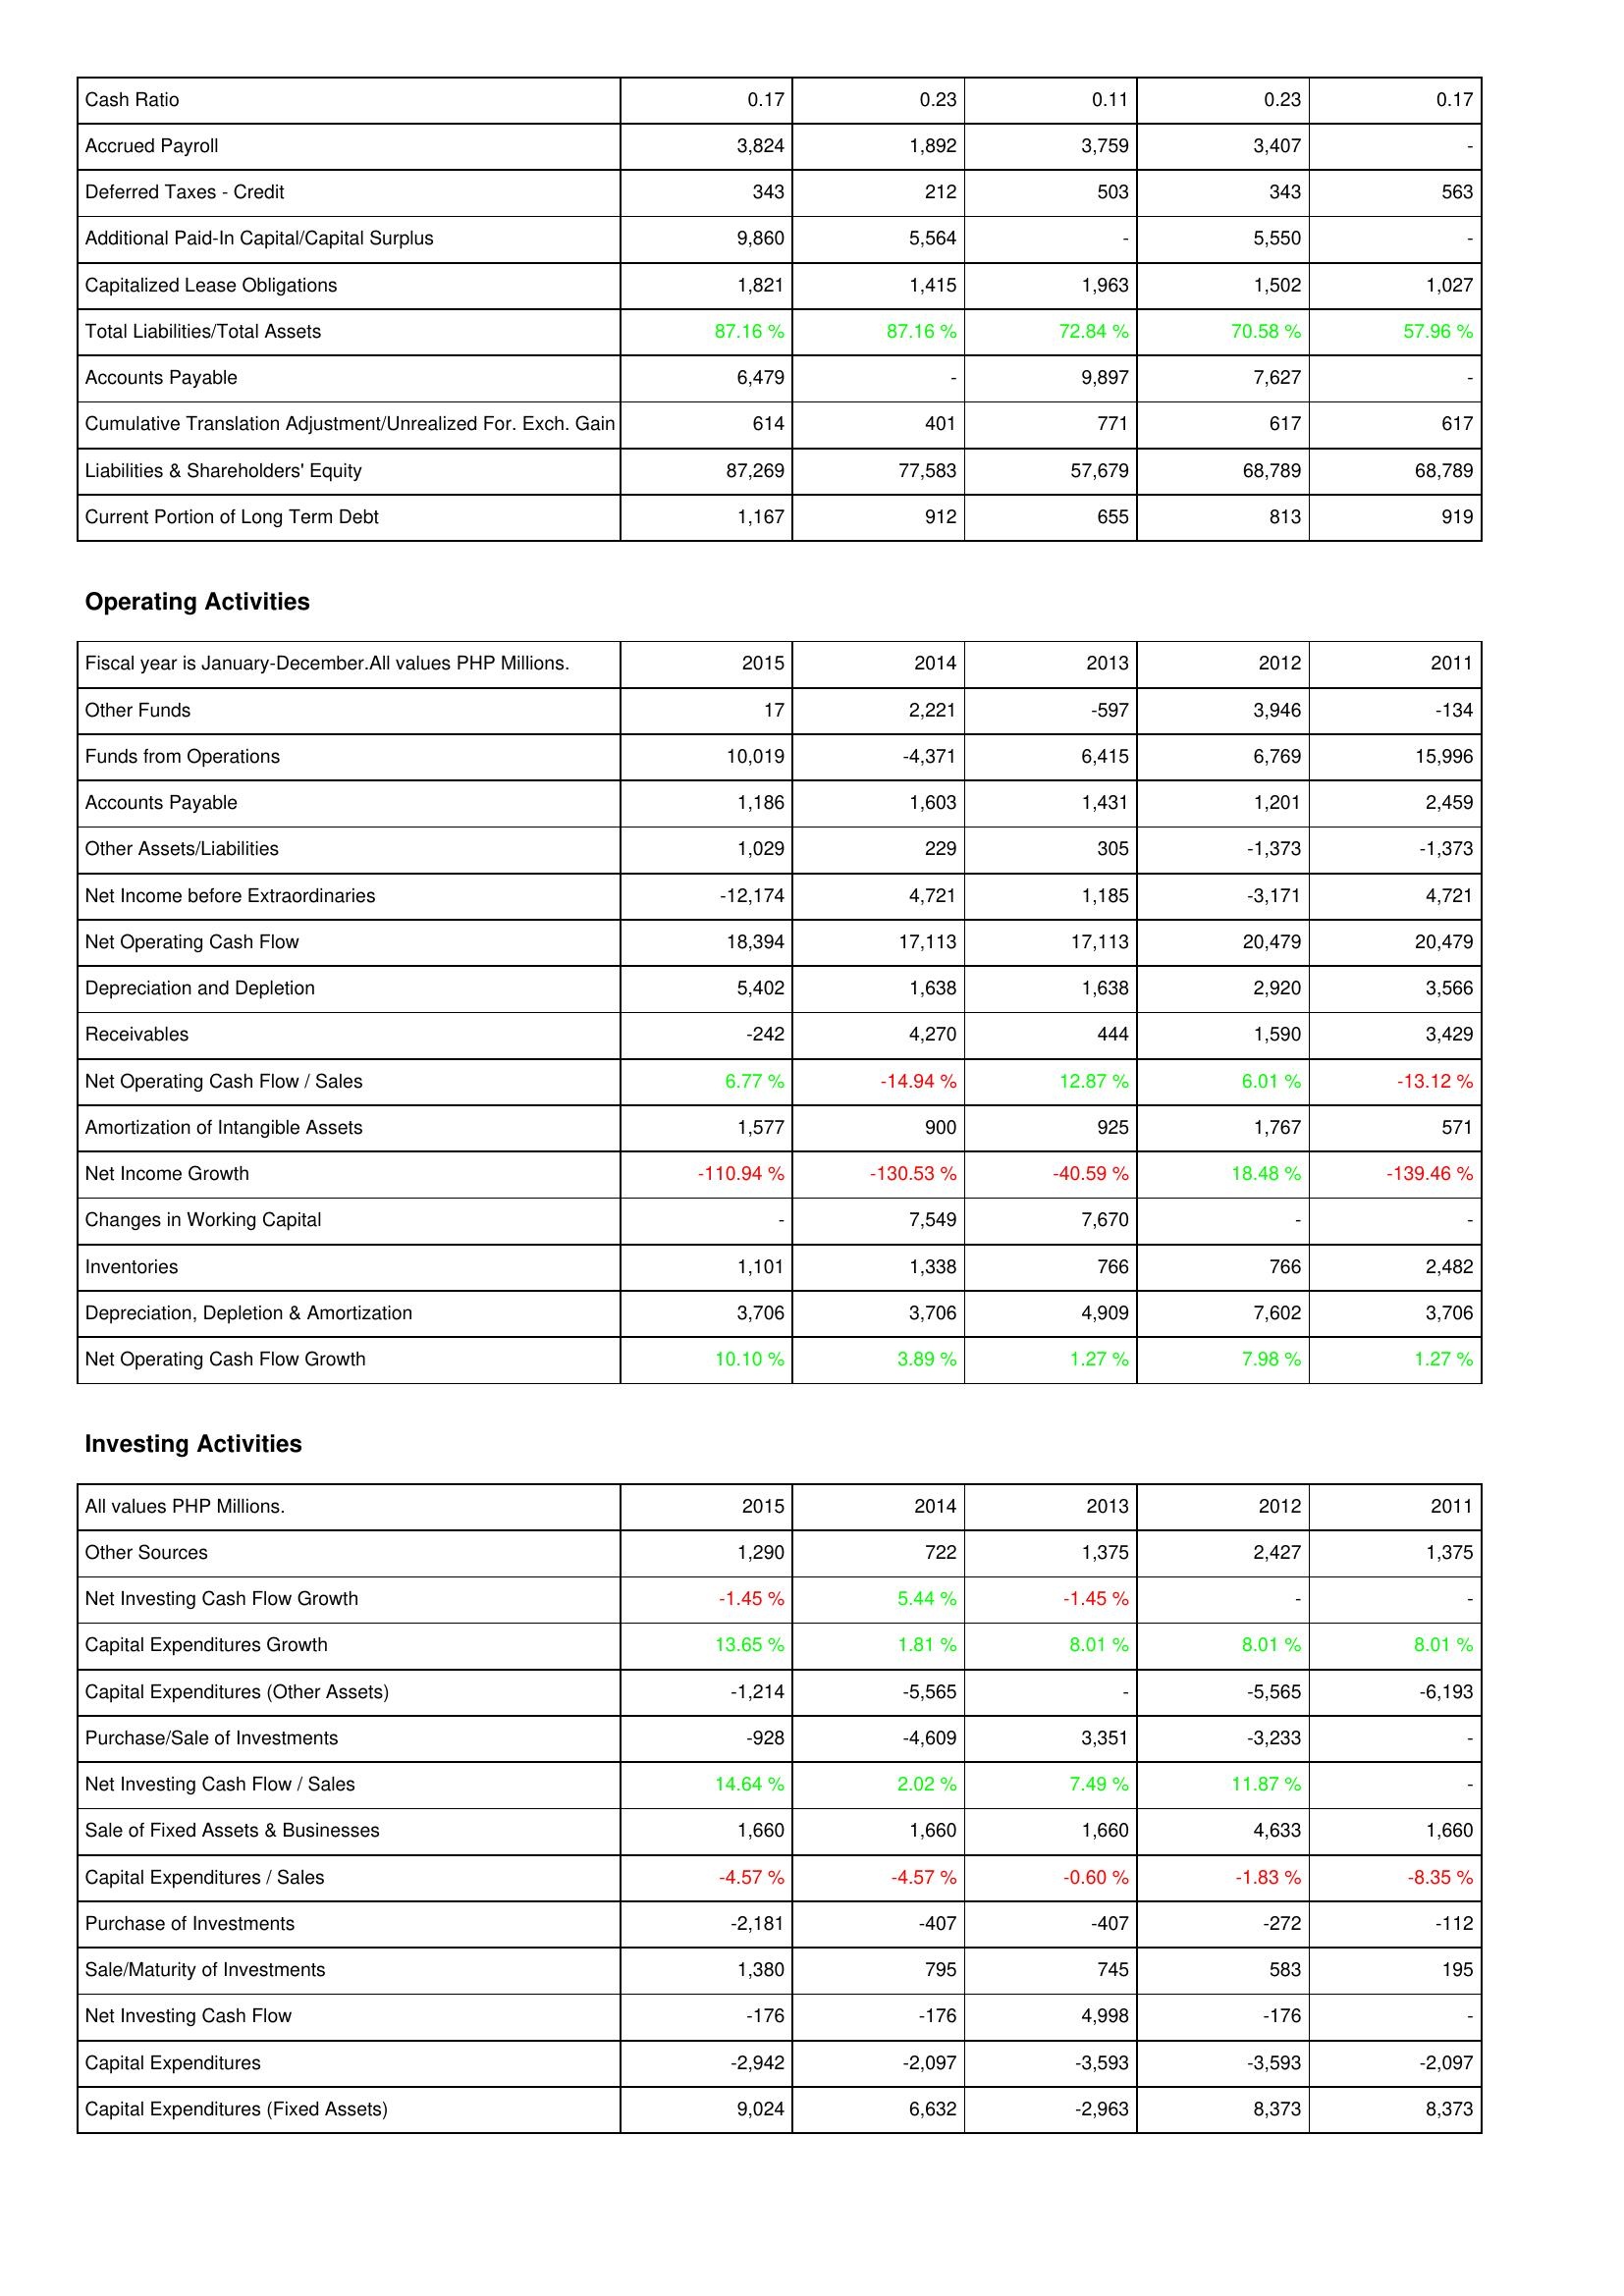
2015: Liabilities & Shareholders' Equity: Cash Ratio: 0.17
Accrued Payroll: 3,824
Deferred Taxes - Credit: 343
Additional Paid-In Capital/Capital Surplus: 9,860
Capitalized Lease Obligations: 1,821
Total Liabilities/Total Assets: 87.16 %
Accounts Payable: 6,479
Cumulative Translation Adjustment/Unrealized For. Exch. Gain: 614
Liabilities & Shareholders' Equity: 87,269
Current Portion of Long Term Debt: 1,167
Operating Activities: Other Funds: 17
Funds from Operations: 10,019
Accounts Payable: 1,186
Other Assets/Liabilities: 1,029
Net Income before Extraordinaries: -12,174
Net Operating Cash Flow: 18,394
Depreciation and Depletion: 5,402
Receivables: -242
Net Operating Cash Flow / Sales: 6.77 %
Amortization of Intangible Assets: 1,577
Net Income Growth: -110.94 %
Changes in Working Capital: -
Inventories: 1,101
Depreciation, Depletion & Amortization: 3,706
Net Operating Cash Flow Growth: 10.10 %
Investing Activities: Other Sources: 1,290
Net Investing Cash Flow Growth: -1.45 %
Capital Expenditures Growth: 13.65 %
Capital Expenditures (Other Assets): -1,214
Purchase/Sale of Investments: -928
Net Investing Cash Flow / Sales: 14.64 %
Sale of Fixed Assets & Businesses: 1,660
Capital Expenditures / Sales: -4.57 %
Purchase of Investments: -2,181
Sale/Maturity of Investments: 1,380
Net Investing Cash Flow: -176
Capital Expenditures: -2,942
Capital Expenditures (Fixed Assets): 9,024
2014: Liabilities & Shareholders' Equity: Cash Ratio: 0.23
Accrued Payroll: 1,892
Deferred Taxes - Credit: 212
Additional Paid-In Capital/Capital Surplus: 5,564
Capitalized Lease Obligations: 1,415
Total Liabilities/Total Assets: 87.16 %
Accounts Payable: -
Cumulative Translation Adjustment/Unrealized For. Exch. Gain: 401
Liabilities & Shareholders' Equity: 77,583
Current Portion of Long Term Debt: 912
Operating Activities: Other Funds: 2,221
Funds from Operations: -4,371
Accounts Payable: 1,603
Other Assets/Liabilities: 229
Net Income before Extraordinaries: 4,721
Net Operating Cash Flow: 17,113
Depreciation and Depletion: 1,638
Receivables: 4,270
Net Operating Cash Flow / Sales: -14.94 %
Amortization of Intangible Assets: 900
Net Income Growth: -130.53 %
Changes in Working Capital: 7,549
Inventories: 1,338
Depreciation, Depletion & Amortization: 3,706
Net Operating Cash Flow Growth: 3.89 %
Investing Activities: Other Sources: 722
Net Investing Cash Flow Growth: 5.44 %
Capital Expenditures Growth: 1.81 %
Capital Expenditures (Other Assets): -5,565
Purchase/Sale of Investments: -4,609
Net Investing Cash Flow / Sales: 2.02 %
Sale of Fixed Assets & Businesses: 1,660
Capital Expenditures / Sales: -4.57 %
Purchase of Investments: -407
Sale/Maturity of Investments: 795
Net Investing Cash Flow: -176
Capital Expenditures: -2,097
Capital Expenditures (Fixed Assets): 6,632
2013: Liabilities & Shareholders' Equity: Cash Ratio: 0.11
Accrued Payroll: 3,759
Deferred Taxes - Credit: 503
Additional Paid-In Capital/Capital Surplus: -
Capitalized Lease Obligations: 1,963
Total Liabilities/Total Assets: 72.84 %
Accounts Payable: 9,897
Cumulative Translation Adjustment/Unrealized For. Exch. Gain: 771
Liabilities & Shareholders' Equity: 57,679
Current Portion of Long Term Debt: 655
Operating Activities: Other Funds: -597
Funds from Operations: 6,415
Accounts Payable: 1,431
Other Assets/Liabilities: 305
Net Income before Extraordinaries: 1,185
Net Operating Cash Flow: 17,113
Depreciation and Depletion: 1,638
Receivables: 444
Net Operating Cash Flow / Sales: 12.87 %
Amortization of Intangible Assets: 925
Net Income Growth: -40.59 %
Changes in Working Capital: 7,670
Inventories: 766
Depreciation, Depletion & Amortization: 4,909
Net Operating Cash Flow Growth: 1.27 %
Investing Activities: Other Sources: 1,375
Net Investing Cash Flow Growth: -1.45 %
Capital Expenditures Growth: 8.01 %
Capital Expenditures (Other Assets): -
Purchase/Sale of Investments: 3,351
Net Investing Cash Flow / Sales: 7.49 %
Sale of Fixed Assets & Businesses: 1,660
Capital Expenditures / Sales: -0.60 %
Purchase of Investments: -407
Sale/Maturity of Investments: 745
Net Investing Cash Flow: 4,998
Capital Expenditures: -3,593
Capital Expenditures (Fixed Assets): -2,963
2012: Liabilities & Shareholders' Equity: Cash Ratio: 0.23
Accrued Payroll: 3,407
Deferred Taxes - Credit: 343
Additional Paid-In Capital/Capital Surplus: 5,550
Capitalized Lease Obligations: 1,502
Total Liabilities/Total Assets: 70.58 %
Accounts Payable: 7,627
Cumulative Translation Adjustment/Unrealized For. Exch. Gain: 617
Liabilities & Shareholders' Equity: 68,789
Current Portion of Long Term Debt: 813
Operating Activities: Other Funds: 3,946
Funds from Operations: 6,769
Accounts Payable: 1,201
Other Assets/Liabilities: -1,373
Net Income before Extraordinaries: -3,171
Net Operating Cash Flow: 20,479
Depreciation and Depletion: 2,920
Receivables: 1,590
Net Operating Cash Flow / Sales: 6.01 %
Amortization of Intangible Assets: 1,767
Net Income Growth: 18.48 %
Changes in Working Capital: -
Inventories: 766
Depreciation, Depletion & Amortization: 7,602
Net Operating Cash Flow Growth: 7.98 %
Investing Activities: Other Sources: 2,427
Net Investing Cash Flow Growth: -
Capital Expenditures Growth: 8.01 %
Capital Expenditures (Other Assets): -5,565
Purchase/Sale of Investments: -3,233
Net Investing Cash Flow / Sales: 11.87 %
Sale of Fixed Assets & Businesses: 4,633
Capital Expenditures / Sales: -1.83 %
Purchase of Investments: -272
Sale/Maturity of Investments: 583
Net Investing Cash Flow: -176
Capital Expenditures: -3,593
Capital Expenditures (Fixed Assets): 8,373
2011: Liabilities & Shareholders' Equity: Cash Ratio: 0.17
Accrued Payroll: -
Deferred Taxes - Credit: 563
Additional Paid-In Capital/Capital Surplus: -
Capitalized Lease Obligations: 1,027
Total Liabilities/Total Assets: 57.96 %
Accounts Payable: -
Cumulative Translation Adjustment/Unrealized For. Exch. Gain: 617
Liabilities & Shareholders' Equity: 68,789
Current Portion of Long Term Debt: 919
Operating Activities: Other Funds: -134
Funds from Operations: 15,996
Accounts Payable: 2,459
Other Assets/Liabilities: -1,373
Net Income before Extraordinaries: 4,721
Net Operating Cash Flow: 20,479
Depreciation and Depletion: 3,566
Receivables: 3,429
Net Operating Cash Flow / Sales: -13.12 %
Amortization of Intangible Assets: 571
Net Income Growth: -139.46 %
Changes in Working Capital: -
Inventories: 2,482
Depreciation, Depletion & Amortization: 3,706
Net Operating Cash Flow Growth: 1.27 %
Investing Activities: Other Sources: 1,375
Net Investing Cash Flow Growth: -
Capital Expenditures Growth: 8.01 %
Capital Expenditures (Other Assets): -6,193
Purchase/Sale of Investments: -
Net Investing Cash Flow / Sales: -
Sale of Fixed Assets & Businesses: 1,660
Capital Expenditures / Sales: -8.35 %
Purchase of Investments: -112
Sale/Maturity of Investments: 195
Net Investing Cash Flow: -
Capital Expenditures: -2,097
Capital Expenditures (Fixed Assets): 8,373